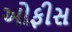
ઓફીસ